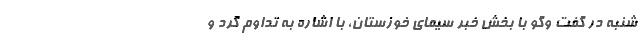
شنبه در گفت وگو با بخش خبر سیمای خوزستان، با اشاره به تداوم گرد و